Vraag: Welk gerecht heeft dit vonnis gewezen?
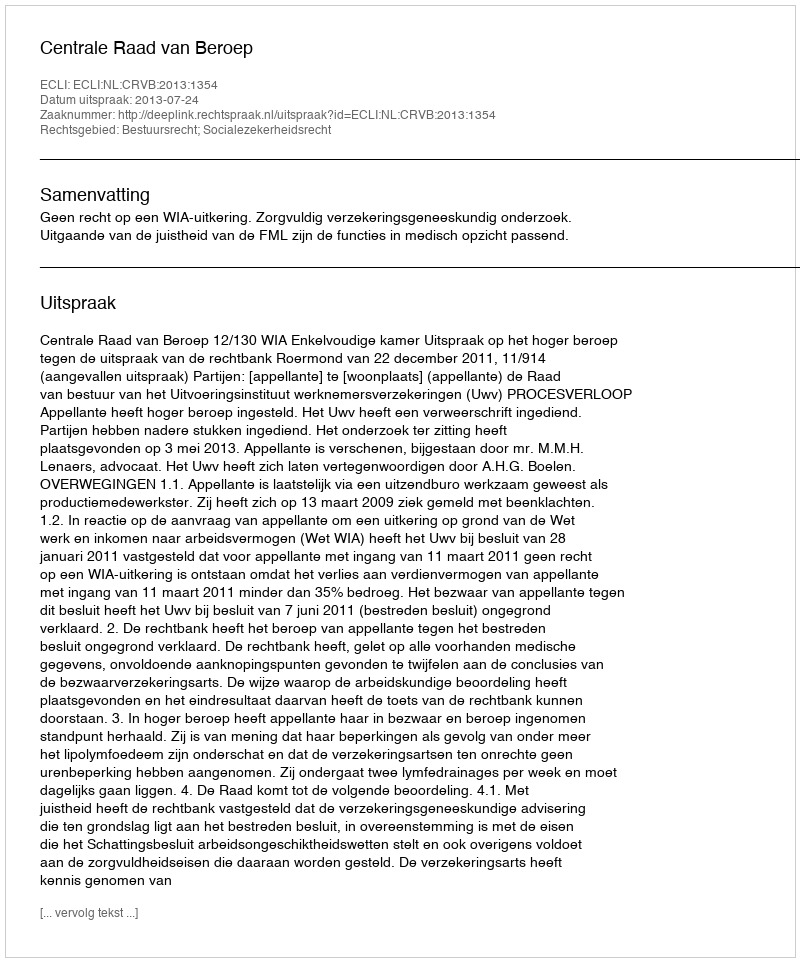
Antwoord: Centrale Raad van Beroep